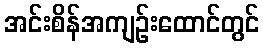
အင်းစိန်အကျဉ်းထောင်တွင်